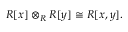
R [ x ] \otimes _ { R } R [ y ] \cong R [ x , y ] .